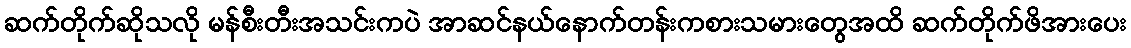
ဆက်တိုက်ဆိုသလို မန်စီးတီးအသင်းကပဲ အာဆင်နယ်နောက်တန်းကစားသမားတွေအထိ ဆက်တိုက်ဖိအားပေး